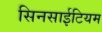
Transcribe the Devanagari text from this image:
सिनसाईटियम